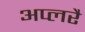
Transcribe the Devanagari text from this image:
अप्लरै